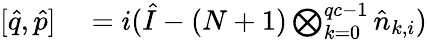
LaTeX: \begin{array}{rl}{[\hat{q},\hat{p}]}&{{}=i(\hat{I}-(N+1)\bigotimes_{k=0}^{qc-1}\hat{n}_{k,i})}\end{array}